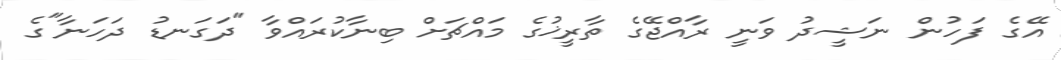
އޭގެ ފަހުން ނަޝީދު ވަނީ ރާއްޖޭގެ ތާރީޚުގެ މައްޗަށް ބިނާކުރައްވާ "ދަގަނޑު ދަހަނާ"ގެ